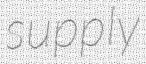
supply